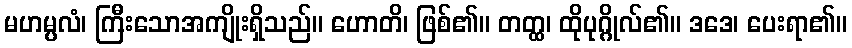
မဟမ္ပလံ၊ ကြီးသောအကျိုးရှိသည်။ ဟောတိ၊ ဖြစ်၏။ တတ္ထ၊ ထိုပုဂ္ဂိုလ်၏။ ဒဒေ၊ ပေးရာ၏။